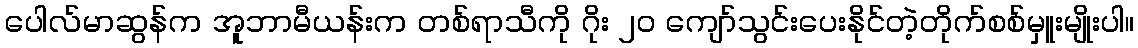
ပေါလ်မာဆွန်က အူဘာမီယန်းက တစ်ရာသီကို ဂိုး ၂၀ ကျော်သွင်းပေးနိုင်တဲ့တိုက်စစ်မှူးမျိုးပါ။